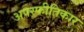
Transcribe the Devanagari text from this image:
अपस्फीतिकार